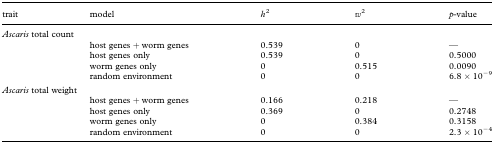
<table><thead><tr><td><b>trait</b></td><td><b>model</b></td><td><b><i>h</i><sup>2</sup></b></td><td><b><i>w</i><sup>2</sup></b></td><td><b><i>p</i>-value</b></td></tr></thead><tbody><tr><td colspan="5"><i>Ascaris</i> total count</td></tr><tr><td rowspan="4"> </td><td>host genes + worm genes</td><td>0.539</td><td>0</td><td>—</td></tr><tr><td>host genes only</td><td>0.539</td><td>0</td><td>0.5000</td></tr><tr><td>worm genes only</td><td>0</td><td>0.515</td><td>0.0090</td></tr><tr><td>random environment</td><td>0</td><td>0</td><td>6.8 × 10<sup>−9</sup></td></tr><tr><td colspan="5"><i>Ascaris</i> total weight</td></tr><tr><td rowspan="4"> </td><td>host genes + worm genes</td><td>0.166</td><td>0.218</td><td>—</td></tr><tr><td>host genes only</td><td>0.369</td><td>0</td><td>0.2748</td></tr><tr><td>worm genes only</td><td>0</td><td>0.384</td><td>0.3158</td></tr><tr><td>random environment</td><td>0</td><td>0</td><td>2.3 × 10<sup>−4</sup></td></tr></tbody></table>